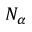
N _ { \alpha }